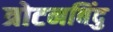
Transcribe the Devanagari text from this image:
त्रोटनबिंदु